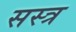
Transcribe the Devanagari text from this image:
सस्त्र